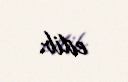
edib.